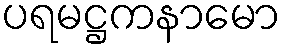
ပရမဋ္ဌကနာမော